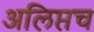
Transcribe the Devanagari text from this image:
अलिप्तच